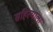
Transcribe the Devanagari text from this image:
सहित्याला